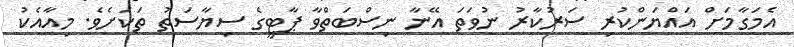
އެމަގާމަށް އައްޔަންކުރި ސަރުކާރު ނުވަތަ އޭނާ ނިސްބަތްވާ ޕާޓީގެ ސިޔާސަތު ތަކަށެވެ. މިއާއެކު